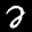
Label: 2